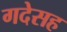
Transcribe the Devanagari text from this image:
गदेसह